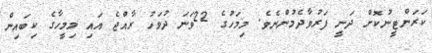
ކަރަންޓީނުކޮށް ދަނީ ފަރުވާދެމުންނެވެ. މިމަހުގެ 22ވަނަ ދުވަހު ރާއްޖެ އައި މިމީހާގެ ކިބައިން